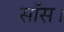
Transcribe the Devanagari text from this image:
सॉस।